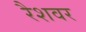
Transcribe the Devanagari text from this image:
रैशवर